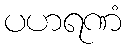
ပဟရဏံ